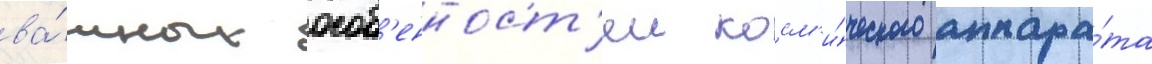
ва́жных особ'енност'еи косм'и́ческого аппара́та